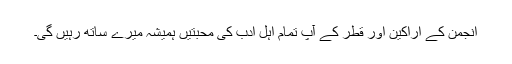
انجمن کے اراکین اور قطر کے آپ تمام اہل ادب کی محبتیں ہمیشہ میرے ساتھ رہیں گی۔